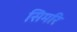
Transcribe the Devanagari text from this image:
सिमरि